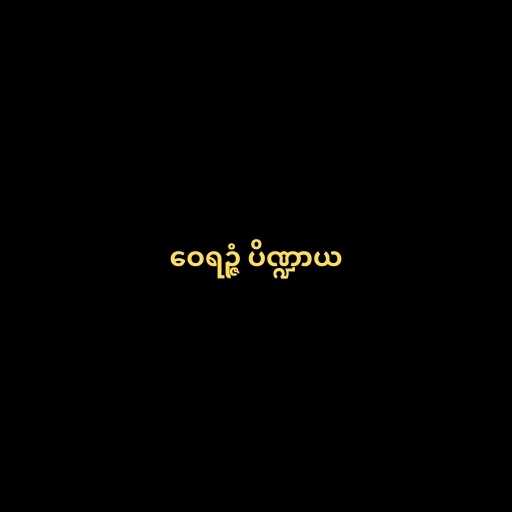
ဝေရဉ္ဇံ ပိဏ္ဍာယ